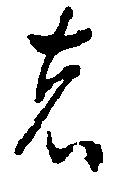
者